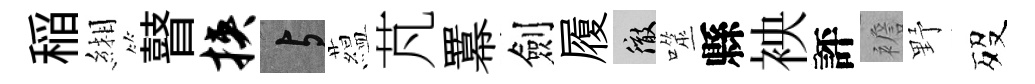
稲緗瞽挟与藴芃羃劍履徹噬縣䘧評襜野歿